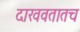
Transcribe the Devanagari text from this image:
दाखवतातच